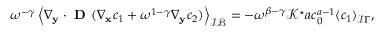
\begin{array} { r l } & { \omega ^ { - \gamma } \left\langle \nabla _ { \mathbf y } \cdot \textbf { D } ( \nabla _ { \mathbf x } c _ { 1 } + \omega ^ { 1 - \gamma } \nabla _ { \mathbf y } c _ { 2 } ) \right\rangle _ { \mathcal { I B } } = - \omega ^ { \beta - \gamma } \mathcal { K ^ { \star } } a c _ { 0 } ^ { a - 1 } \langle c _ { 1 } \rangle _ { \mathcal I \Gamma } , } \end{array}